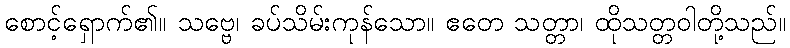
စောင့်ရှောက်၏။ သဗ္ဗေ၊ ခပ်သိမ်းကုန်သော။ ဧတေ သတ္တာ၊ ထိုသတ္တဝါတို့သည်။